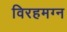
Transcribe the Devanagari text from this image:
विरहमग्न